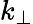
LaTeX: k_{\bot}